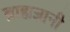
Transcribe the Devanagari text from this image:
ब्राह्मज्ञानी